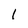
Character: 1